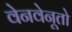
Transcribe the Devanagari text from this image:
वेनवेनूतो